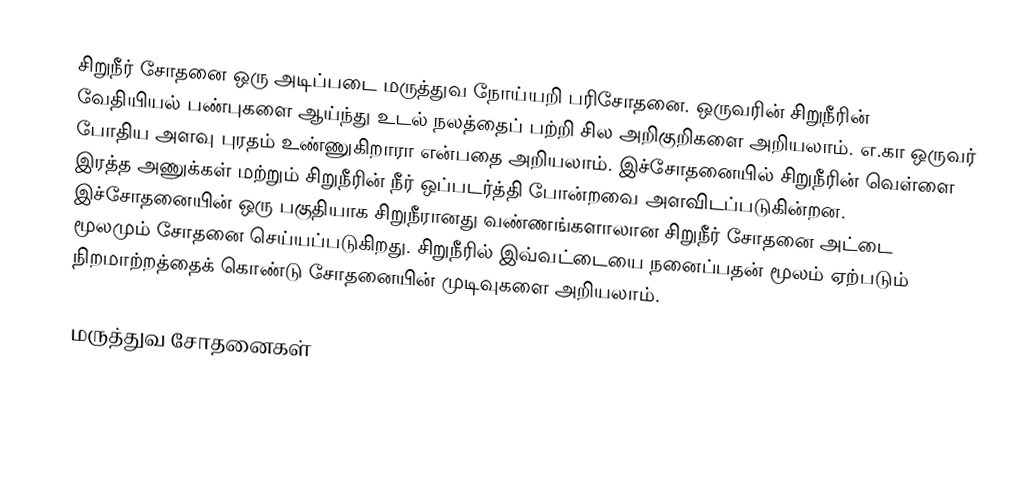
சிறுநீர் சோதனை ஒரு அடிப்படை மருத்துவ நோய்யறி பரிசோதனை.  ஒருவரின் சிறுநீரின் வேதியியல் பண்புகளை ஆய்ந்து உடல் நலத்தைப் பற்றி சில அறிகுறிகளை அறியலாம்.  எ.கா ஒருவர் போதிய அளவு புரதம் உண்ணுகிறாரா என்பதை அறியலாம். இச்சோதனையில் சிறுநீரின் வெள்ளை இரத்த அணுக்கள் மற்றும் சிறுநீரின் நீர் ஒப்படர்த்தி போன்றவை அளவிடப்படுகின்றன. இச்சோதனையின் ஒரு பகுதியாக சிறுநீரானது வண்ணங்களாலான சிறுநீர் சோதனை அட்டை மூலமும் சோதனை செய்யப்படுகிறது. சிறுநீரில் இவ்வட்டையை நனைப்பதன் மூலம் ஏற்படும் நிறமாற்றத்தைக் கொண்டு சோதனையின் முடிவுகளை அறியலாம்.

மருத்துவ சோதனைகள்